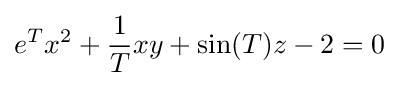
e^{T}x^{2}+{\frac {1}{T}}xy+\sin(T)z-2=0